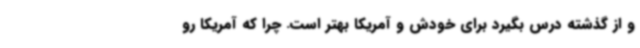
و از گذشته درس بگیرد برای خودش و آمریکا بهتر است. چرا که آمریکا رو